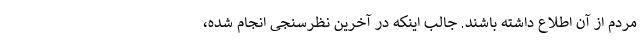
مردم از آن اطلاع داشته باشند. جالب اینکه در آخرین نظرسنجی انجام شده،